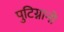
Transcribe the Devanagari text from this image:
पुटिग्नानो